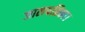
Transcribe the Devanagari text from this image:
जालपत्रिका।